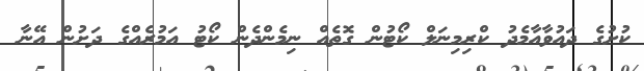
ކުށުގެ ދައުވާއާމެދު ކްރިމިނަލް ކޯޓުން ގޮތެއް ނިމެންދެން ކޯޓު އަމުރެއްގެ ދަށުން އޭނާ